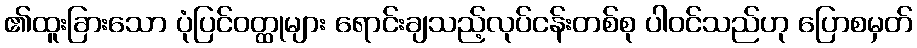
၏ထူးခြားသော ပုံပြင်ဝတ္ထုများ ရောင်းချသည့်လုပ်ငန်းတစ်စု ပါဝင်သည်ဟု ပြောစမှတ်